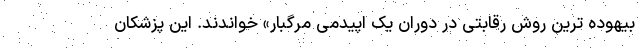
بیهوده ترین روش رقابتی در دوران یک اپیدمی مرگبار» خواندند. این پزشکان